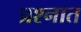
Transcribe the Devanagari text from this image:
प्रश्‍नात